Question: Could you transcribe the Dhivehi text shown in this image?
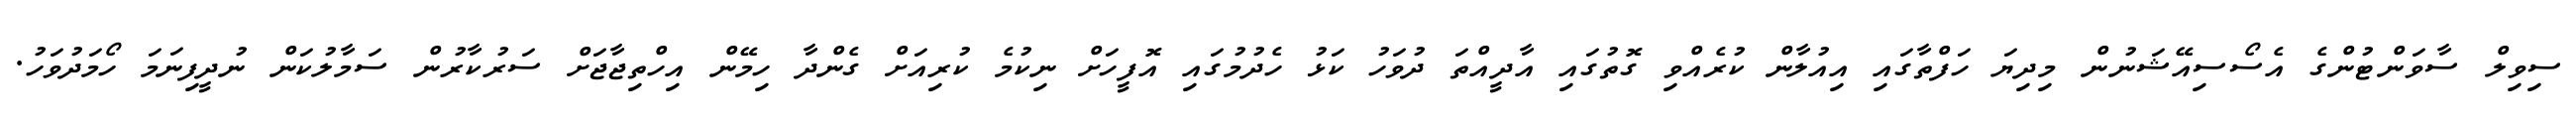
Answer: ސިވިލް ސާވަންޓުންގެ އެސޯސިއޭޝަނުން މިދިޔަ ހަފްތާގައި އިއުލާން ކުރެއްވި ގޮތުގައި އާދީއްތަ ދުވަހު ކަޅު ހެދުމުގައި އޮފީހަށް ނިކުމެ ކުރިއަށް ގެންދާ ހިމޭން އިހްތިޖާޖަށް ސަރުކާރުން ސަމާލުކަން ނުދީފިނަމަ ހޯމަދުވަހު.